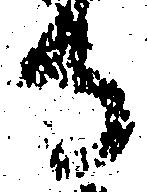
寺